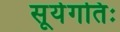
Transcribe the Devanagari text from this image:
सूर्यगतिः